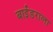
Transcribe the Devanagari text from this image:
बाईंडराला